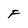
Character: F